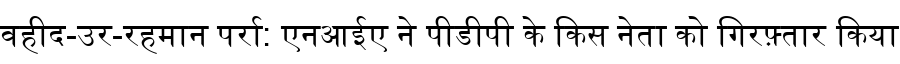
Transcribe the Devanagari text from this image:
वहीद-उर-रहमान पर्रा: एनआईए ने पीडीपी के किस नेता को गिरफ़्तार किया